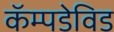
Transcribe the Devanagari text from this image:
कॅम्पडेविड